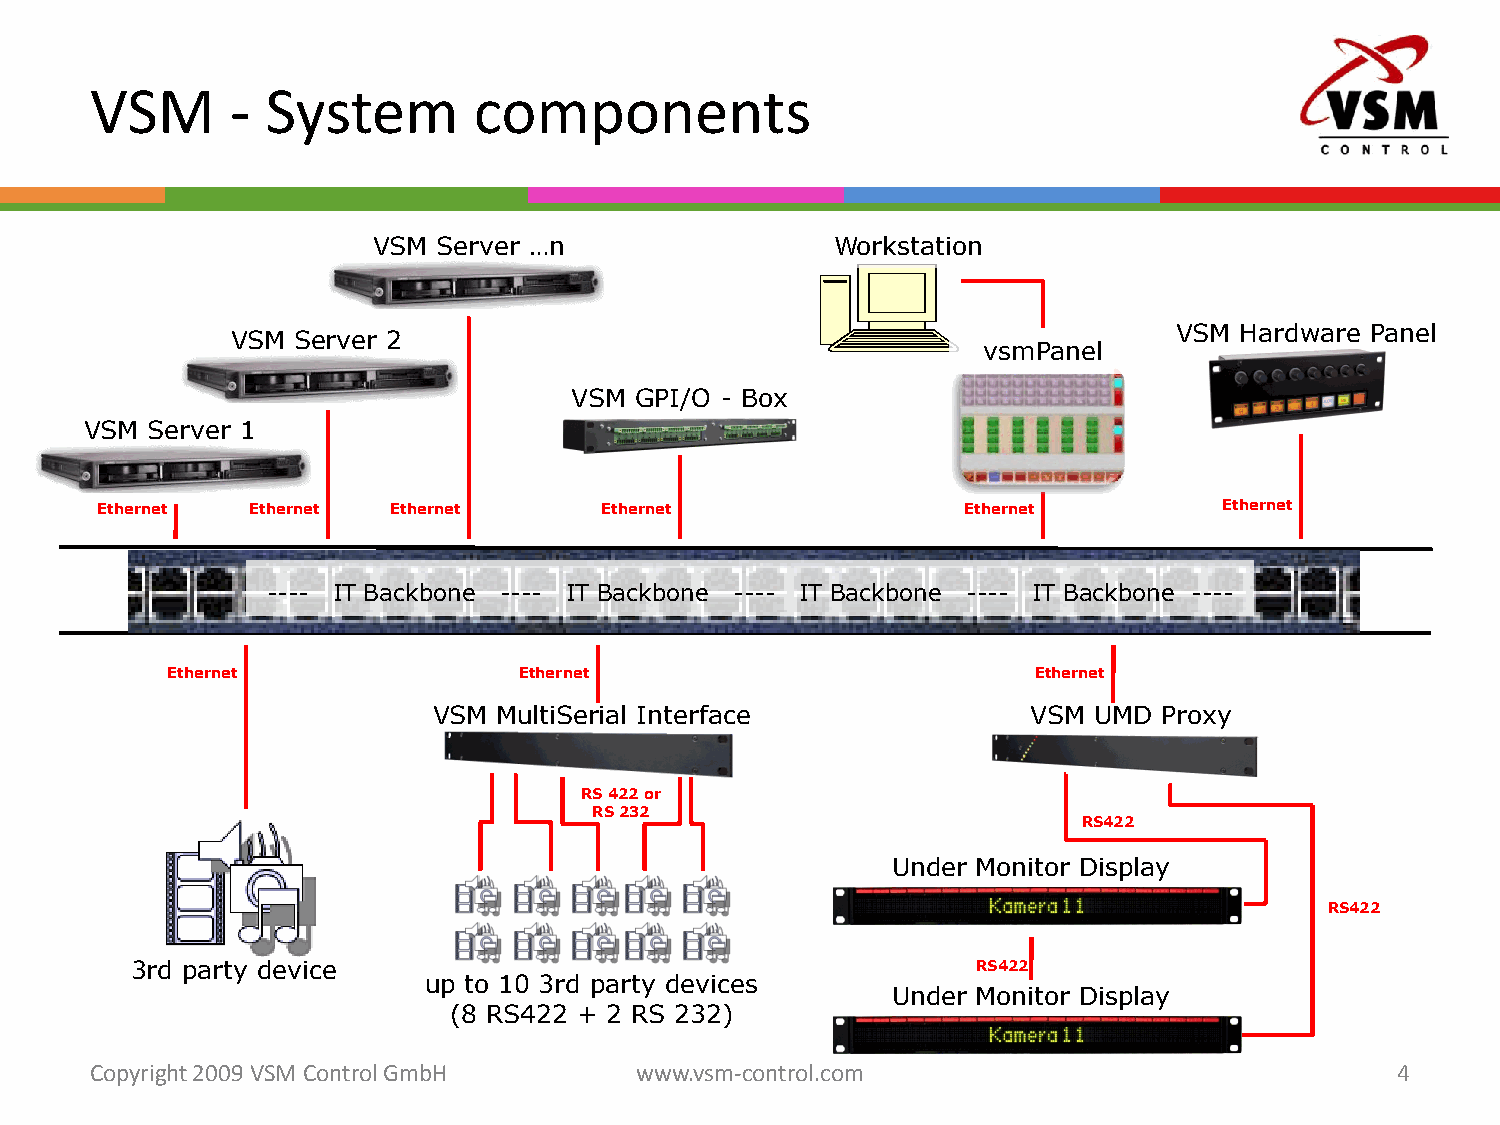
VSM      -  System       components
 VSM Server …n                 Workstation
 VSM Hardware Panel
 VSM Server 2
 vsmPanel
 VSM GPI/O - Box
 VSM Server 1
 Ethernet   Ethernet Ethernet      Ethernet                Ethernet         Ethernet
 ---- IT Backbone ---- IT Backbone ---- IT Backbone ---- IT Backbone ----
 Ethernet               Ethernet                           Ethernet
 VSM MultiSerial Interface              VSM UMD  Proxy
 RS 422 or
 RS 232
 RS422
 Under Monitor Display
 RS422
 3rd party device                                        RS422
 up to 10 3rd party devices
 Under Monitor Display
 (8 RS422 + 2 RS 232)
 Copyright 2009 VSM ControlGmbH      www.vsm-control.com                                4